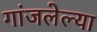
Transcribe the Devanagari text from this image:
गांजलेल्या